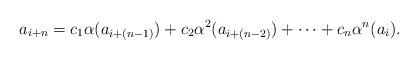
LaTeX: \begin{align*}a_{i+n} = c_1\alpha(a_{i+(n-1)}) + c_2\alpha^2(a_{i+(n-2)}) + \dots + c_n\alpha^n(a_i).\end{align*}